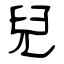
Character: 兒